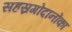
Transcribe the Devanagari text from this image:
सहस्रगोदानोंका